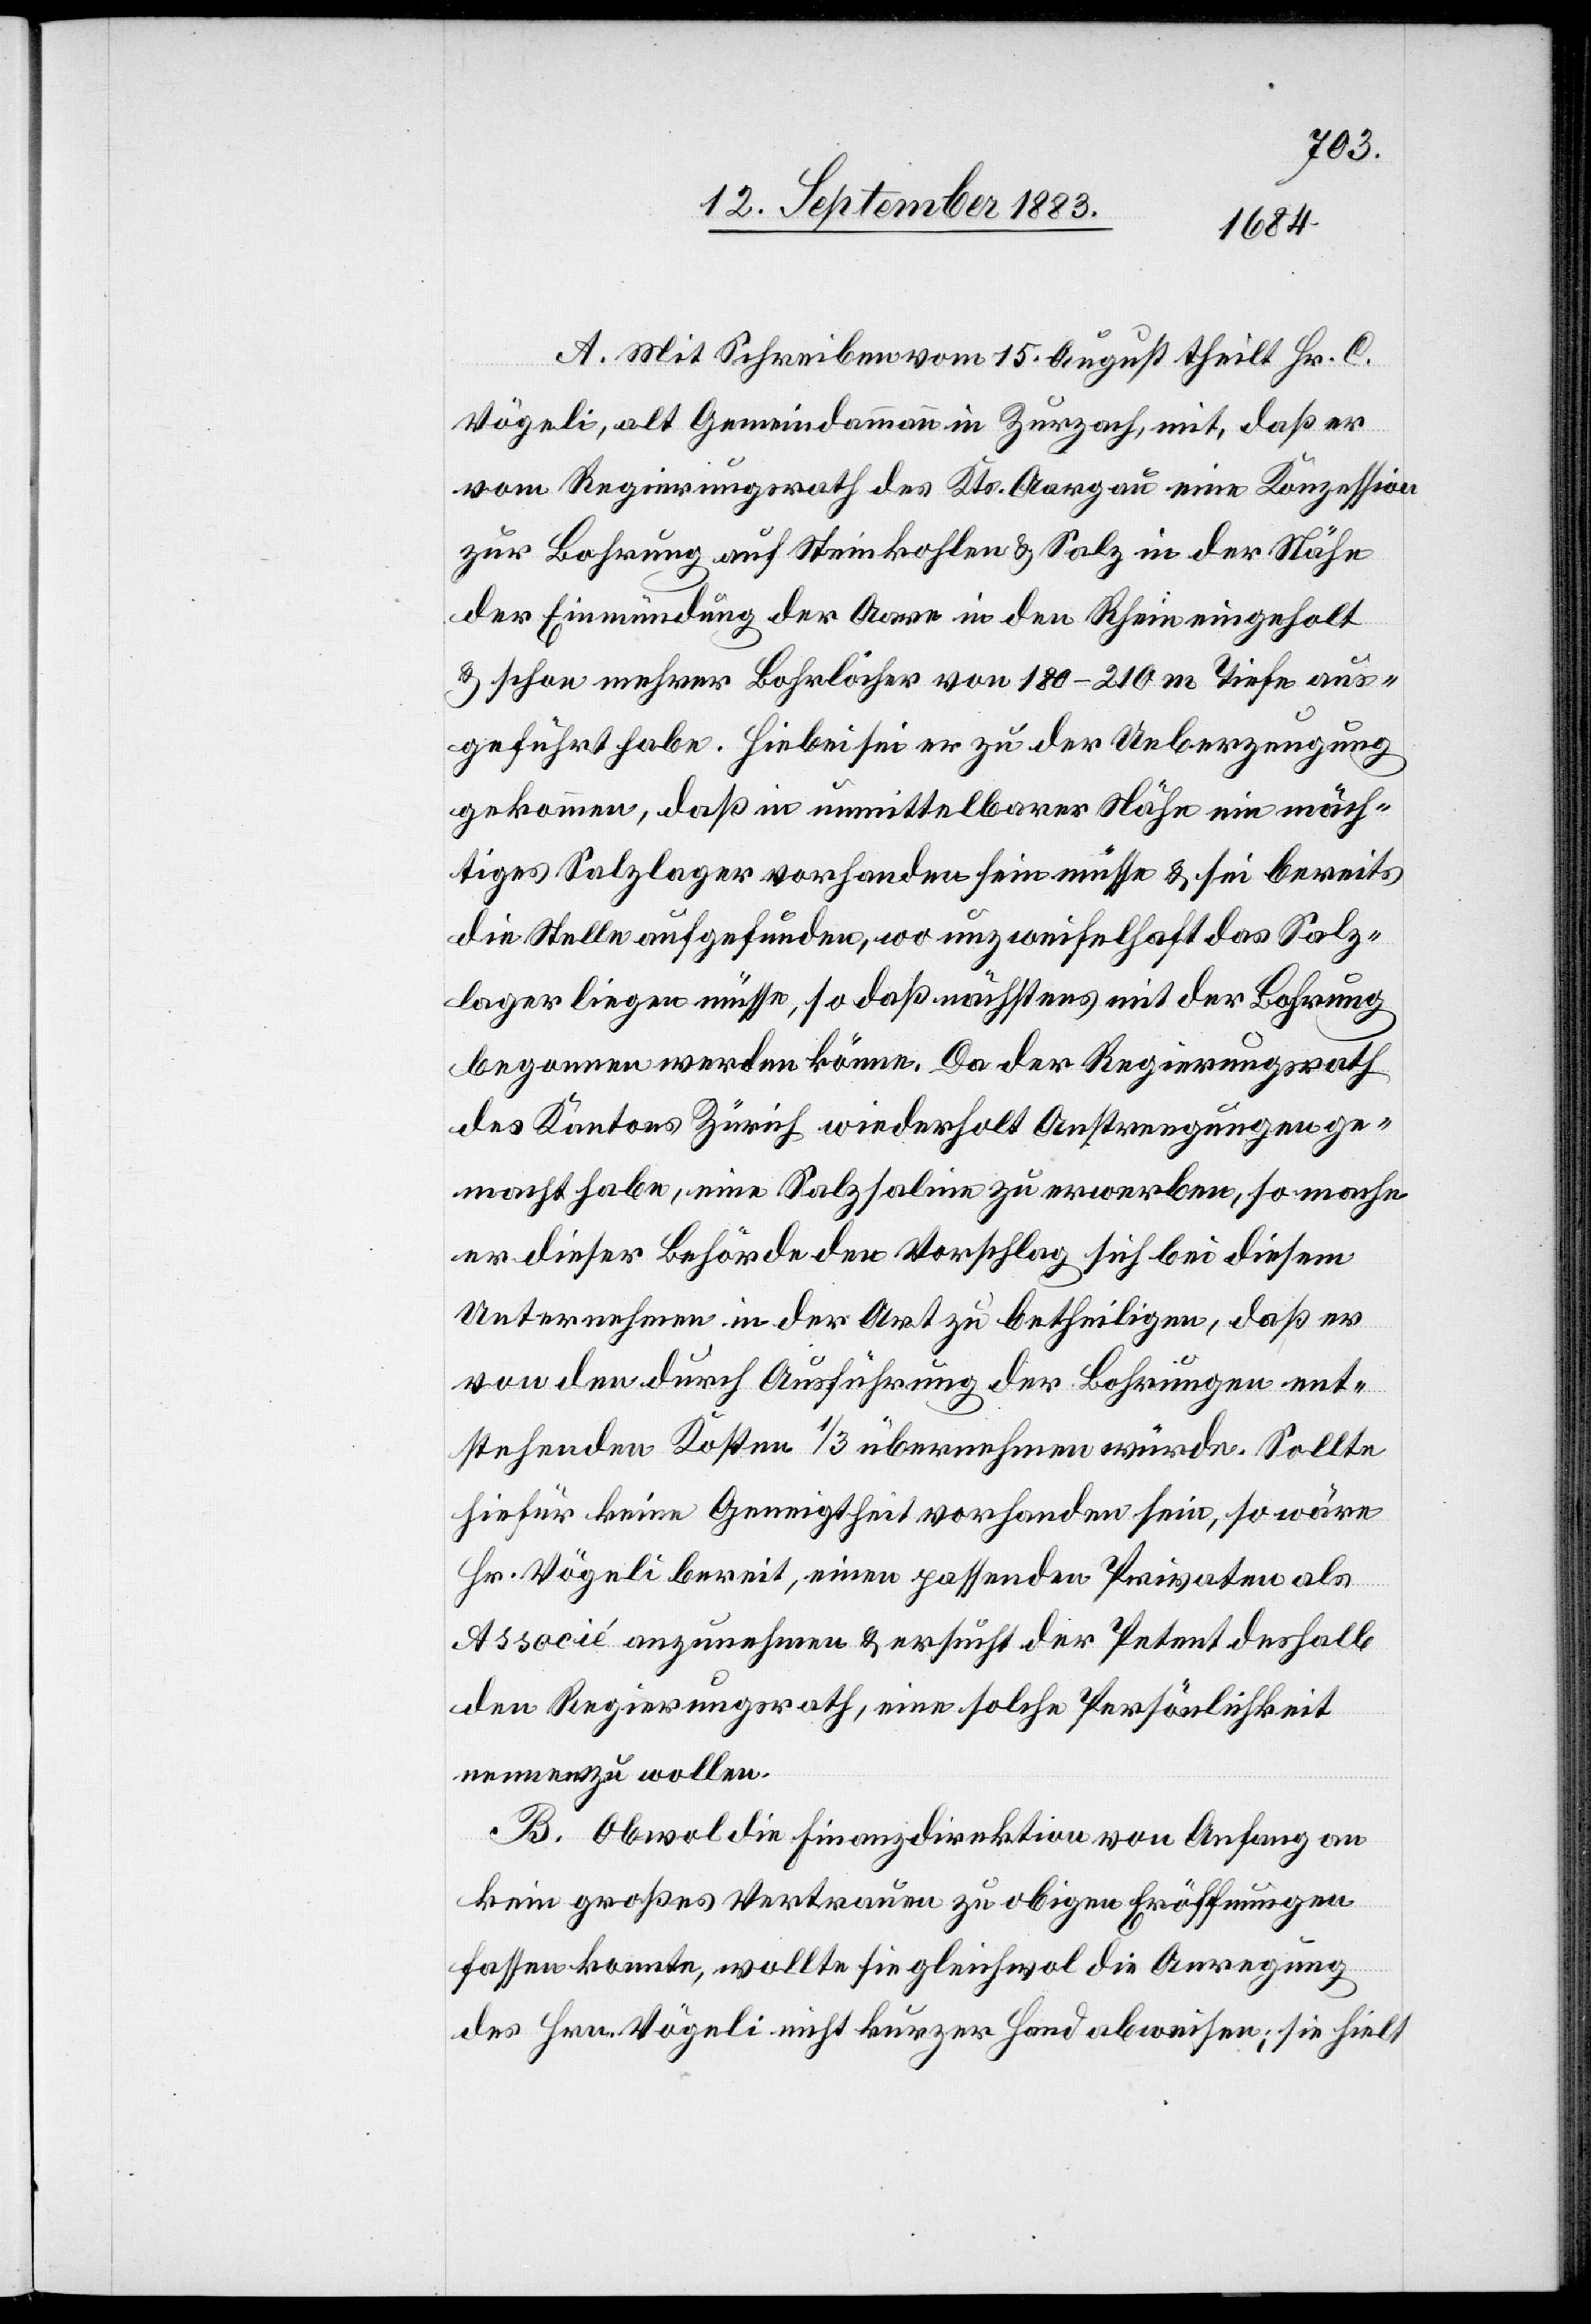
A. Mit Schreiben vom 15. August theilt Hr. C.
Vögeli, alt Gemeindammann in Zurzach, mit, daß er
vom Regierungsrath des Kts. Aargau eine Konzession
zur Bohrung auf Steinkohlen & Salz in der Nähe
der Einmündung der Aare in den Rhein eingeholt
& schon mehrer[e] Bohrlöcher von 180–210 m Tiefe aus¬
geführt habe. Hiebei sei er zu der Ueberzeugung
gekommen, daß in unmittelbarer Nähre ein mäch¬
tiges Salzlager vorhanden sein müsse & sei bereits
die Stelle aufgefunden, wo unzweifelhaft das Salz¬
lager liegen müsse, so daß nächstens mit der Bohrung
begonnen werden könne. Da der Regierungsrath
des Kantons Zürich wiederholt Anstrengungen ge¬
macht habe, eine Salzsaline zu erwerben, so mache
er dieser Behörde den Vorschlag, sich bei diesem
Unternehmen in der Art zu betheiligen, daß er
von den durch Ausführung der Bohrungen ent¬
stehenden Kosten 1/3 übernehmen würde. Sollte
hiefür keine Geneigtheit vorhanden sein, so wäre
Hr. Vögeli bereit, einen passenden Privaten als
Associé anzunehmen & ersucht der Petent deshalb
den Regierungsrath, eine solche Persönlichkeit
nennen zu wollen.
B. Obwol die Finanzdirektion von Anfang an
kein großes Vertrauen zu obigen Eröffnungen
fassen konnte, wollte sie gleichwol die Anregung
des Hrn. Vögeli nicht kurzer Hand abweisen; sie hielt